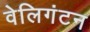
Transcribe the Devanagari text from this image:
वेलिगंटन